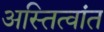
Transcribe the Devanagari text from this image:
अस्तित्वांत